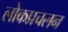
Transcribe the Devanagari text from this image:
लोकप्रचलन